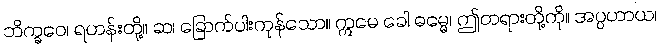
ဘိက္ခဝေ၊ ရဟန်းတို့။ ဆ၊ ခြောက်ပါးကုန်သော။ ဣမေ ခေါ ဓမ္မေ၊ ဤတရားတို့ကို။ အပ္ပဟာယ၊